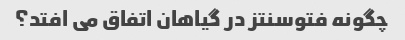
چگونه فتوسنتز در گیاهان اتفاق می افتد؟